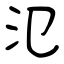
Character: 氾